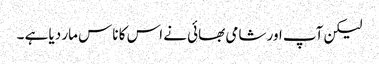
لیکن آپ اور شامی بھائی نے اس کا ناس مار دیا ہے ۔